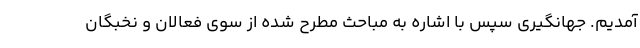
آمدیم. جهانگیری سپس با اشاره به مباحث مطرح شده از سوی فعالان و نخبگان